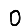
Digit: 0